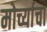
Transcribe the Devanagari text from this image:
मोर्च्याचा